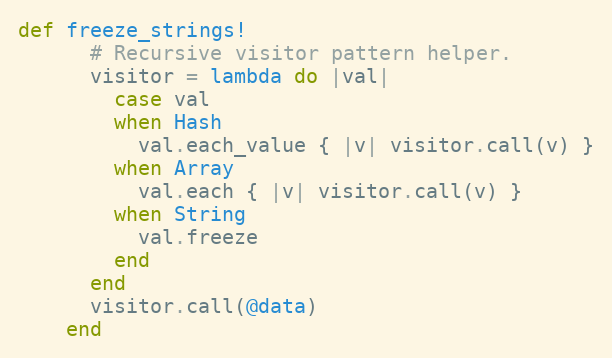
Language: Ruby
def freeze_strings!
      # Recursive visitor pattern helper.
      visitor = lambda do |val|
        case val
        when Hash
          val.each_value { |v| visitor.call(v) }
        when Array
          val.each { |v| visitor.call(v) }
        when String
          val.freeze
        end
      end
      visitor.call(@data)
    end